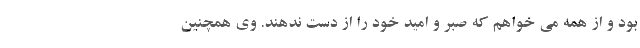
بود و از همه می خواهم که صبر و امید خود را از دست ندهند. وی همچنین